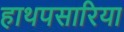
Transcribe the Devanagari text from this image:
हाथपसारिया